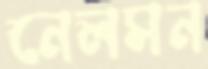
নেলসন